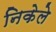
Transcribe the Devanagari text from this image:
निकेले